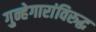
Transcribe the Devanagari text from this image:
गुन्हेगारांविरुद्ध